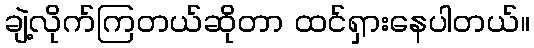
ချဲ့လိုက်ကြတယ်ဆိုတာ ထင်ရှားနေပါတယ်။